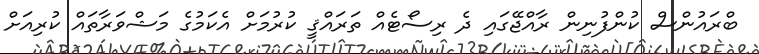
ބްރައުންސް ކުންފުނިން ރާއްޖޭގައި ދެ ރިސޯޓެއް ތަރައްޤީ ކުރުމަށް އެކަމުގެ މަޝްވަރާތައް ކުރިއަށް